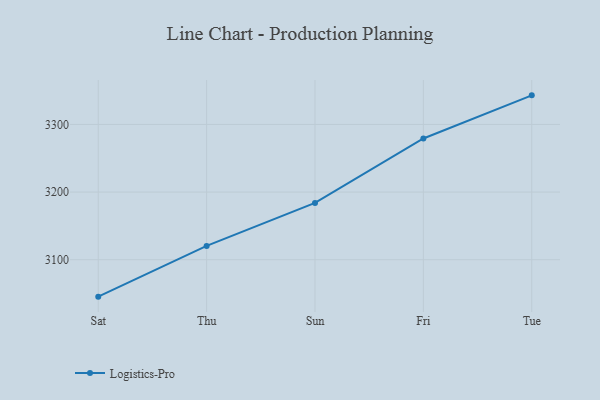
{"axis": {"x": "Day", "y": "Temperature (°C)"}, "legend": ["Logistics-Pro"], "data": [{"x": "Sat", "y": 3045.4, "type": "Logistics-Pro"}, {"x": "Thu", "y": 3120.4, "type": "Logistics-Pro"}, {"x": "Sun", "y": 3184.0, "type": "Logistics-Pro"}, {"x": "Fri", "y": 3279.2, "type": "Logistics-Pro"}, {"x": "Tue", "y": 3343.0, "type": "Logistics-Pro"}]}